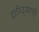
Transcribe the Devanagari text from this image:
दारिद्ऱ्याची